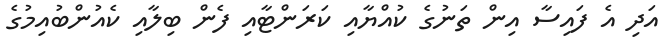
އަދި އެ ފައިސާ އިން ތަނުގެ ކުއްޔާއި ކަރަންޓާއި ފެން ބިލާއި ކެއުންބުއިމުގެ